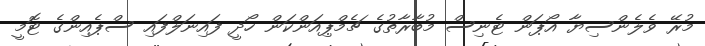
މުރޭ ވެލެންސިޔާ އޯޕަން ޓެނިސް މުބާރާތުގެ ޗެމްޕިއަންކަން ހޯދީ ފައިނަލްފައި ސްޕެއިންގެ ޓޮމީ